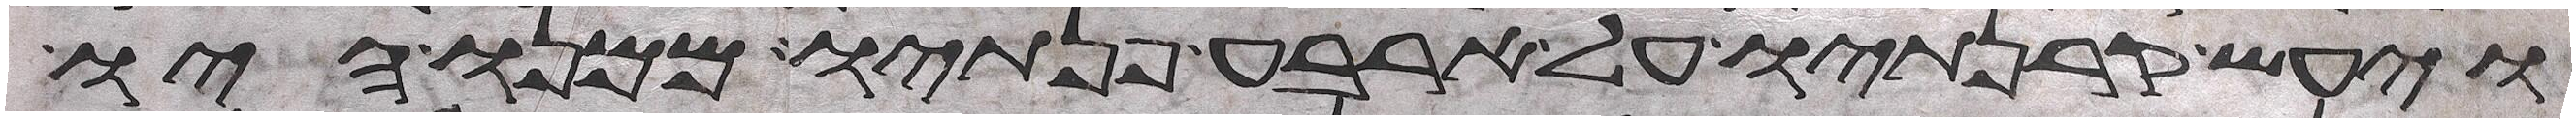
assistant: ויעש קרנתיו על ארבע פנתיו ממנו היו